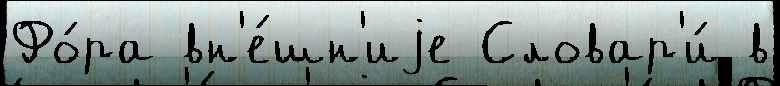
Фо́ра вн'е́шн'иjе Словар'и́ в